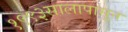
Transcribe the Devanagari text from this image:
१९९३सालापासून